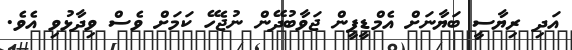
އަދި ރިޔާސީ ބަޔާނަށް އެމްޑީޕީން ޖަވާބުދޭން ނުޖެހޭ ކަމަށް ވެސް ވިދާޅުވި އެވެ.